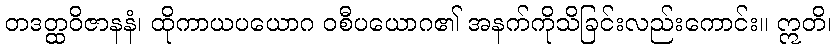
တဒတ္ထဝိဇာနနံ၊ ထိုကာယပယောဂ ဝစီပယောဂ၏ အနက်ကိုသိခြင်းလည်းကောင်း။ ဣတိ၊